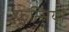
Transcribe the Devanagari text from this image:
फुन्सियां